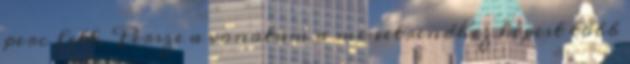
perc lett. Persze a vonatom a menetrendhez képest több